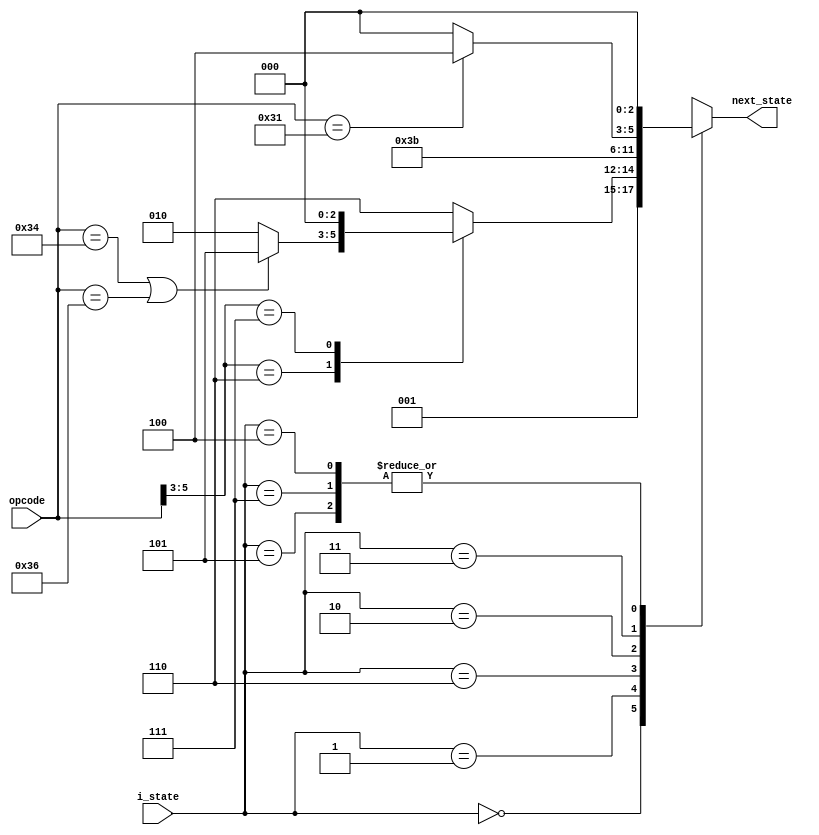
// NextState
// @param i_state 
// @param opcode 
// @param next_state 
module NextState(i_state, opcode, next_state);
    input [2:0]i_state;
    input [5:0]opcode;
    output reg[2:0]next_state;
    parameter [2:0] IF = 3'b000, // IF
                     ID = 3'b001, // ID
                     aEXE = 3'b110, // EXE
                     bEXE = 3'b101, // EXE
                     cEXE = 3'b010, // EXE
                     MEM = 3'b011, // MEM
                     aWB = 3'b111, // WB
                     cWB = 3'b100; // WB
    always @(i_state or opcode) begin
        case (i_state)
            IF: next_state = ID;
            ID: begin
                case (opcode[5:3])
                    3'b110: begin
                        if (opcode == 6'b110100 || opcode == 6'b110110) next_state = bEXE; // beqbltz
                        else next_state = cEXE; // sw, lw
                    end
                    3'b111: next_state = IF; // j, jal, jr, halt
                    default: next_state = aEXE; // add, sub
                endcase
            end
            aEXE: next_state = aWB;
            bEXE: next_state = IF;
            cEXE: next_state = MEM;
            MEM: begin
                if (opcode == 6'b110001) next_state = cWB; // lw
                else next_state = IF; // sw
            end
            aWB: next_state = IF;
            cWB: next_state = IF;
            default: next_state = IF;
        endcase
    end
endmodule